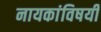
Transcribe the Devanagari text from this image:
नायकांविषयी